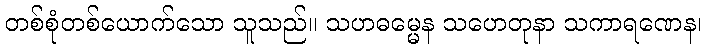
တစ်စုံတစ်ယောက်သော သူသည်။ သဟဓမ္မေန သဟေတုနာ သကာရဏေန၊